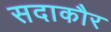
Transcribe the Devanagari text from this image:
सदाकौर